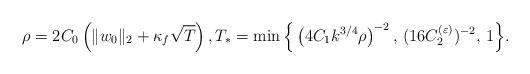
LaTeX: \begin{align*}\rho=2C_0\left(\|w_0\|_2+\kappa_f\sqrt{T}\right), T_*=\min\Big\{\left(4C_1k^{3/4}\rho\right)^{-2},\,(16C_2^{(\varepsilon)})^{-2},\, 1\Big\}.\end{align*}